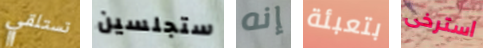
تستلقي ستجلسين إنه بتعبئة استرخى